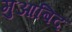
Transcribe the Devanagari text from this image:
मुआबिद